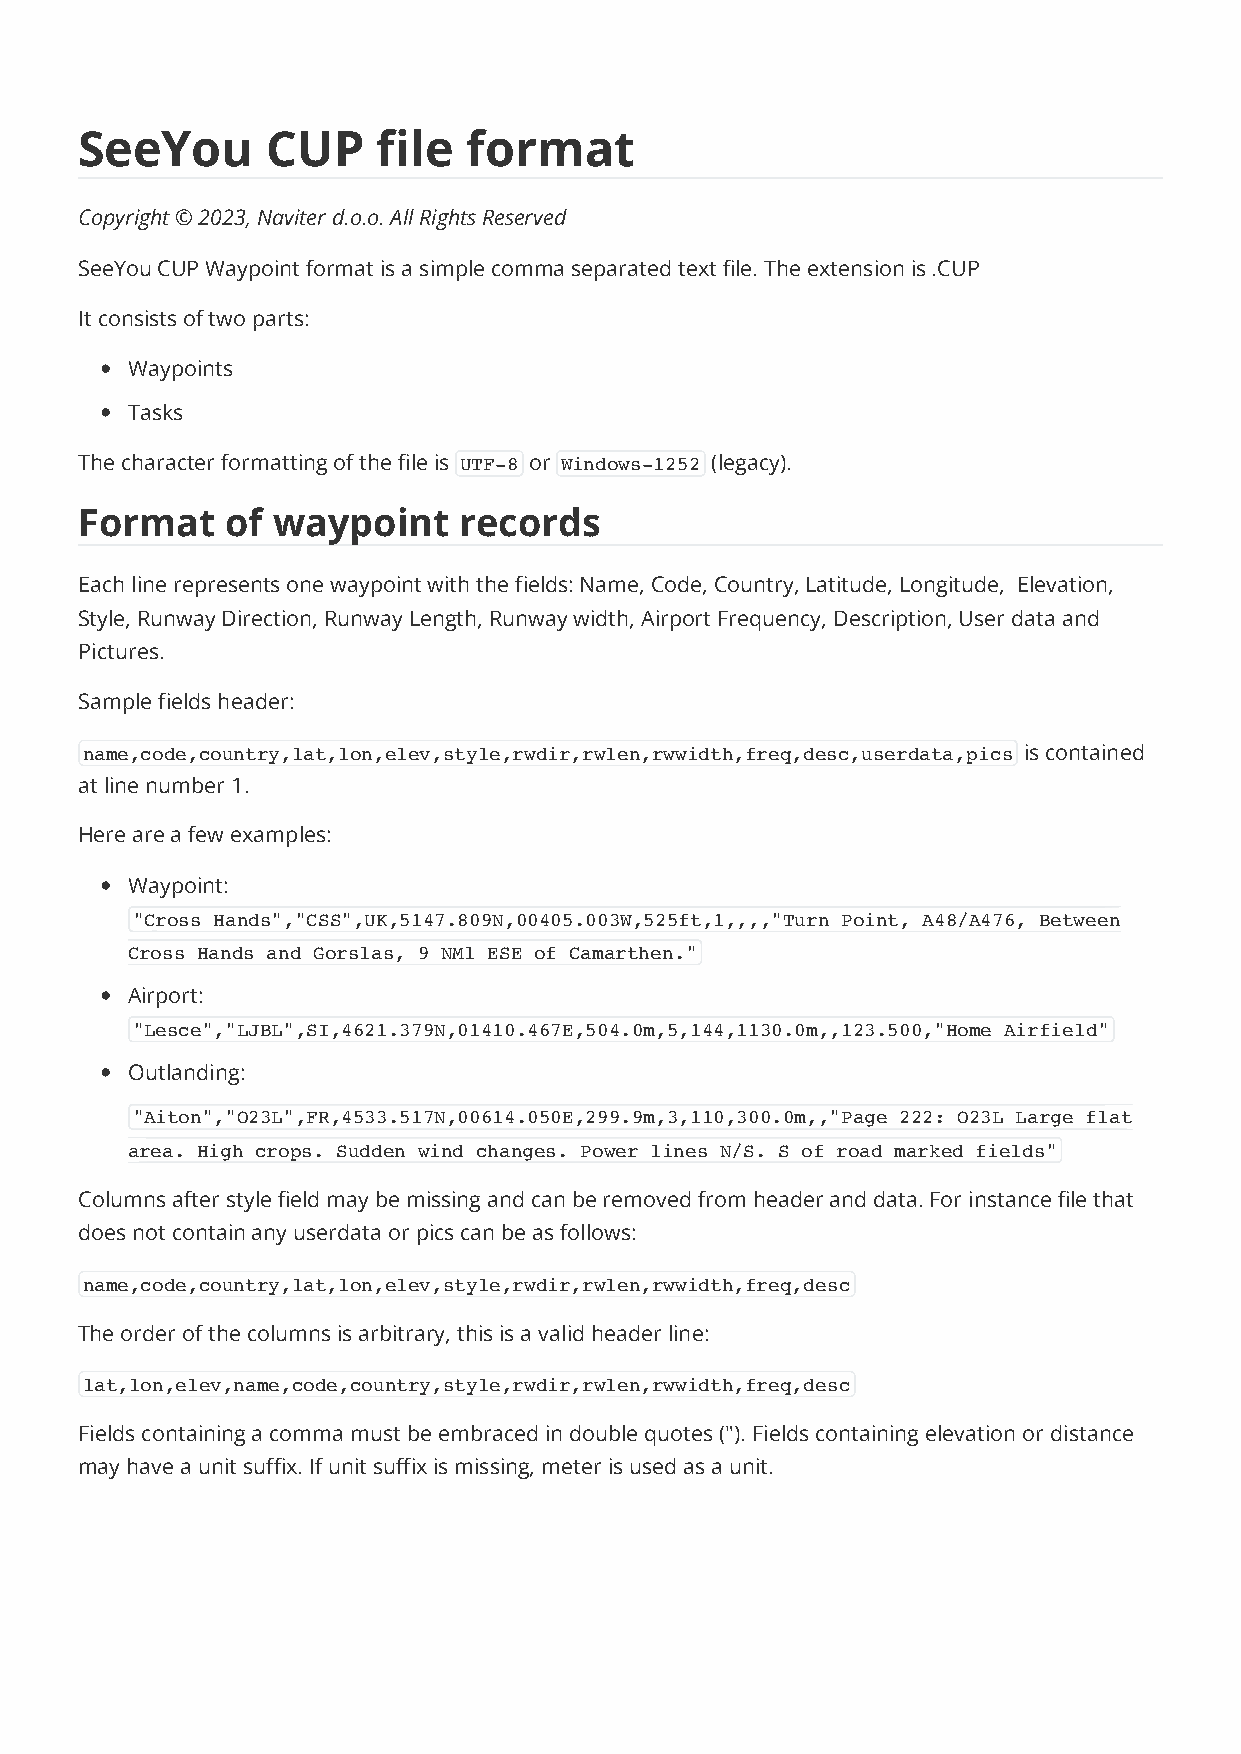
SeeYou       CUP    file  format
 Copyright © 2023, Naviter d.o.o. All Rights Reserved
 SeeYou CUP Waypoint format is a simple comma separated text file. The extension is .CUP
 It consists of two parts:
 Waypoints
 Tasks
 The character formatting of the file is UTF-8 or Windows-1252 (legacy).
 Format    of waypoint    records
 Each line represents one waypoint with the fields: Name, Code, Country, Latitude, Longitude, Elevation,
 Style, Runway Direction, Runway Length, Runway width, Airport Frequency, Description, User data and
 Pictures.
 Sample fields header:
 name,code,country,lat,lon,elev,style,rwdir,rwlen,rwwidth,freq,desc,userdata,pics is contained
 at line number 1.
 Here are a few examples:
 Waypoint:
 "Cross Hands","CSS",UK,5147.809N,00405.003W,525ft,1,,,,"Turn Point, A48/A476, Between
 Cross Hands and Gorslas, 9 NMl ESE of Camarthen."
 Airport:
 "Lesce","LJBL",SI,4621.379N,01410.467E,504.0m,5,144,1130.0m,,123.500,"Home Airfield"
 Outlanding:
 "Aiton","O23L",FR,4533.517N,00614.050E,299.9m,3,110,300.0m,,"Page 222: O23L Large flat
 area. High crops. Sudden wind changes. Power lines N/S. S of road marked fields"
 Columns after style field may be missing and can be removed from header and data. For instance file that
 does not contain any userdata or pics can be as follows:
 name,code,country,lat,lon,elev,style,rwdir,rwlen,rwwidth,freq,desc
 The order of the columns is arbitrary, this is a valid header line:
 lat,lon,elev,name,code,country,style,rwdir,rwlen,rwwidth,freq,desc
 Fields containing a comma must be embraced in double quotes ("). Fields containing elevation or distance
 may have a unit suffix. If unit suffix is missing, meter is used as a unit.